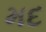
મદ